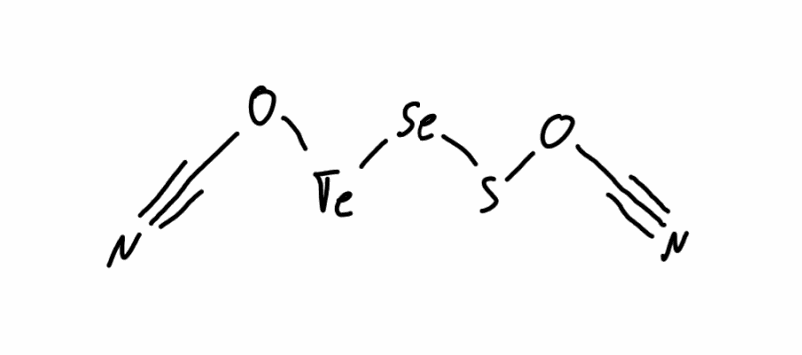
Simplified molecular-input line-entry system (SMILES) notation of the given molecule:
C(#N)OS[Se][Te]OC#N